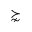
\succnsim